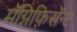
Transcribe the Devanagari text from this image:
मॅग्निफ़िसॅन्ट